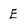
Character: E